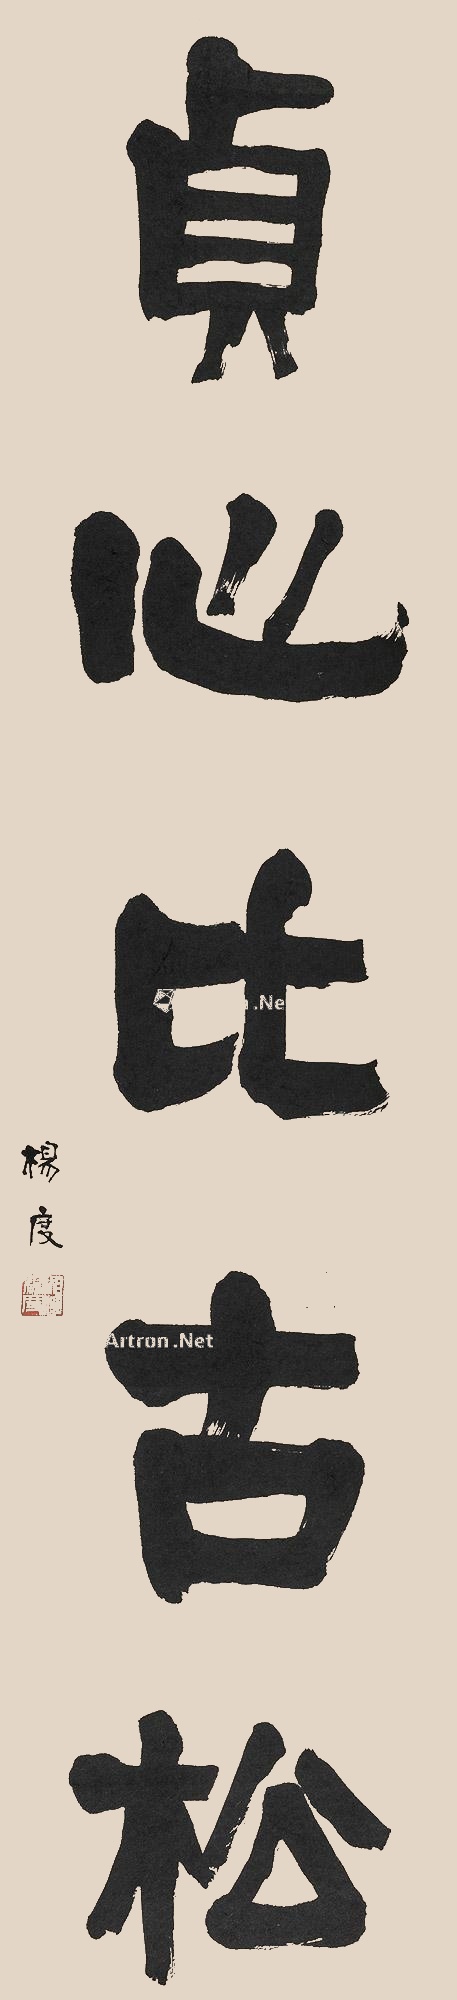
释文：贞心比古松杨度